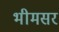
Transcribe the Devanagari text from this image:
भीमसर